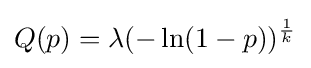
Q(p)=\lambda (-\ln(1-p))^{\frac {1}{k}}